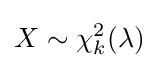
X\sim \chi _{k}^{2}(\lambda )